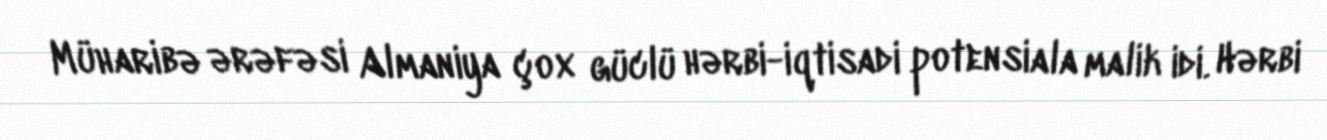
Müharibə ərəfəsi Almaniya çox güclü hərbi-iqtisadi potensiala malik idi. Hərbi